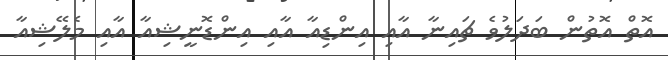
އޮތް އޮތުން ބަދަލުވެ ޗައިނާ އާއި އިންޑިއާ އާއި އިންޑޮނީޝިއާ އާއި މެލޭޝިއާ